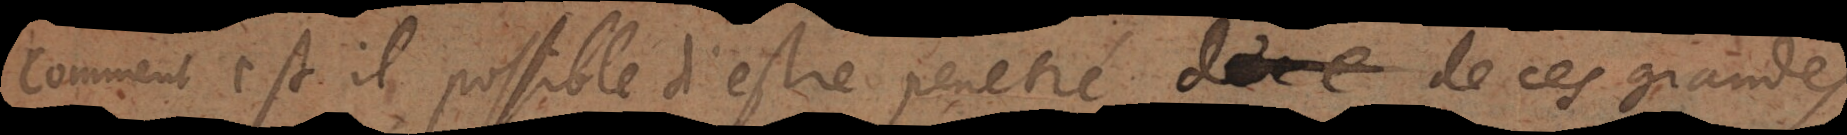
Comment est il possible d’estre penetré de ces verités